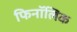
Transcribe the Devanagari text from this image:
फिनॉलिक